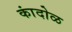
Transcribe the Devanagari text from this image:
कांदोळ